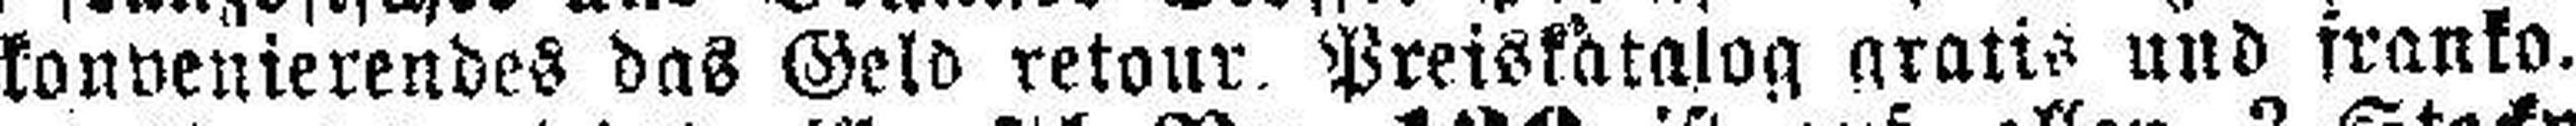
kon###entierendes das Geld retour. Preiskatalog gratis und franko.